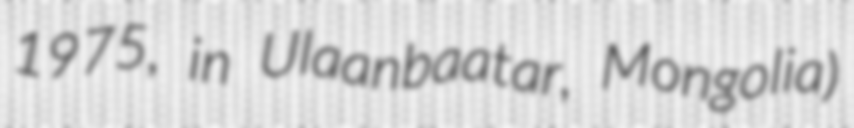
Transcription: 1975, in Ulaanbaatar, Mongolia)